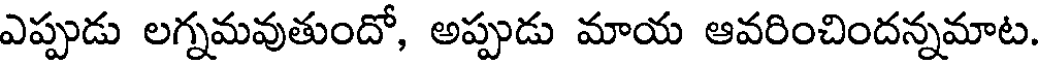
ఎప్పుడు లగ్నమవుతుందో, అప్పుడు మాయ ఆవరించిందన్నమాట.